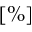
[ \% ]